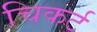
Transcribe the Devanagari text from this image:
चिकर्ट